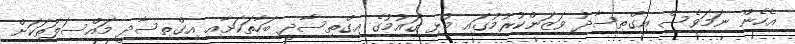
އެހެން ނަމަވެސް އިގްތިސާދު ވަޒަންކުރުމުގައި މުޅި ގައުމުގެ އިގްތިސާދީ ބަހާތަކަށާއި އިގްތިސާދީ މައްސަލަތަކަށް